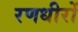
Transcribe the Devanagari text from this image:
रणधीरों